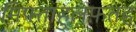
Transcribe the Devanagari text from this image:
मिफ्ताहुलफ़तह